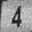
Digit: 4